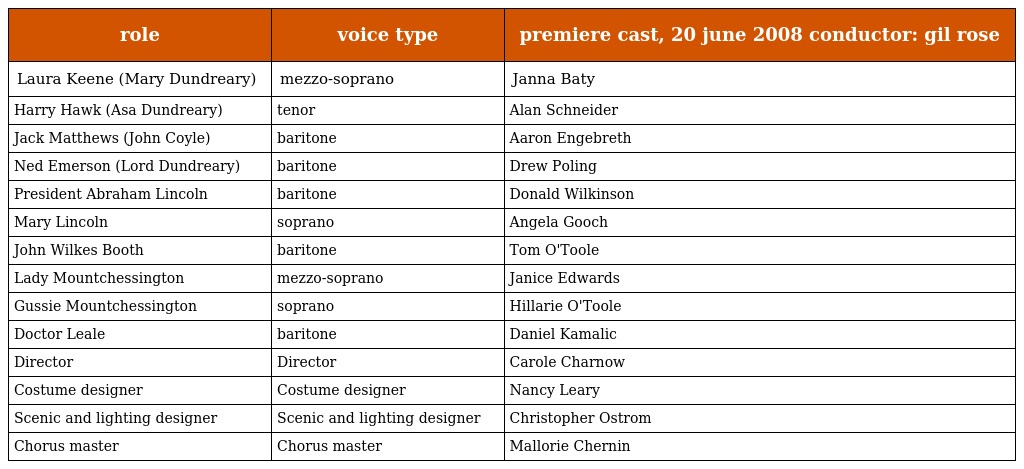
| role | voice type | premiere cast, 20 june 2008 conductor: gil rose |
 | --- | --- | --- |
 | Laura Keene (Mary Dundreary) | mezzo-soprano | Janna Baty |
 | Harry Hawk (Asa Dundreary) | tenor | Alan Schneider |
 | Jack Matthews (John Coyle) | baritone | Aaron Engebreth |
 | Ned Emerson (Lord Dundreary) | baritone | Drew Poling |
 | President Abraham Lincoln | baritone | Donald Wilkinson |
 | Mary Lincoln | soprano | Angela Gooch |
 | John Wilkes Booth | baritone | Tom O'Toole |
 | Lady Mountchessington | mezzo-soprano | Janice Edwards |
 | Gussie Mountchessington | soprano | Hillarie O'Toole |
 | Doctor Leale | baritone | Daniel Kamalic |
 | Director | Director | Carole Charnow |
 | Costume designer | Costume designer | Nancy Leary |
 | Scenic and lighting designer | Scenic and lighting designer | Christopher Ostrom |
 | Chorus master | Chorus master | Mallorie Chernin |